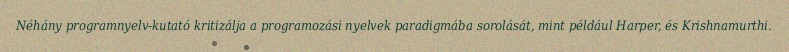
Néhány programnyelv-kutató kritizálja a programozási nyelvek paradigmába sorolását, mint például Harper, és Krishnamurthi.